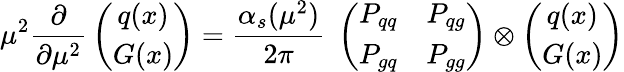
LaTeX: \mu^{2}{\frac{\partial}{\partial\mu^{2}}}\left(\begin{array}{c}{{q(x)}}\\ {{G(x)}}\end{array}\right)={\frac{\alpha_{s}(\mu^{2})}{2\pi}}\; \left(\begin{array}{cc}{{P_{qq}}}&{{P_{qg}}}\\ {{P_{gq}}}&{{P_{gg}}}\end{array}\right)\otimes\left(\begin{array}{c}{{q(x)}}\\ {{G(x)}}\end{array}\right)